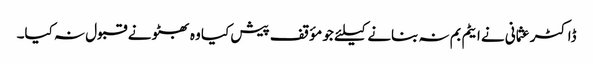
ڈاکٹر عثمانی نے ایٹم بم نہ بنانے کیلئے جو مؤقف پیش کیا وہ بھٹو نے قبول نہ کیا۔